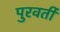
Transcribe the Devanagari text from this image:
पुरवर्ती